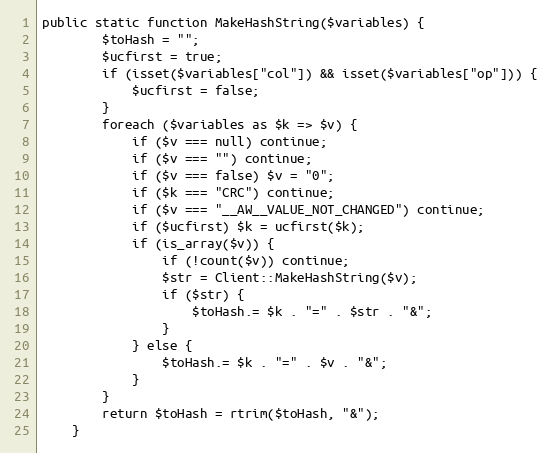
Language: PHP
public static function MakeHashString($variables) {
        $toHash = "";
        $ucfirst = true;
        if (isset($variables["col"]) && isset($variables["op"])) {
            $ucfirst = false;
        }
        foreach ($variables as $k => $v) {
            if ($v === null) continue;
            if ($v === "") continue;
            if ($v === false) $v = "0";
            if ($k === "CRC") continue;
            if ($v === "__AW__VALUE_NOT_CHANGED") continue;
            if ($ucfirst) $k = ucfirst($k);
            if (is_array($v)) {
                if (!count($v)) continue;
                $str = Client::MakeHashString($v);
                if ($str) {
                    $toHash.= $k . "=" . $str . "&";
                }
            } else {
                $toHash.= $k . "=" . $v . "&";
            }
        }
        return $toHash = rtrim($toHash, "&");
    }